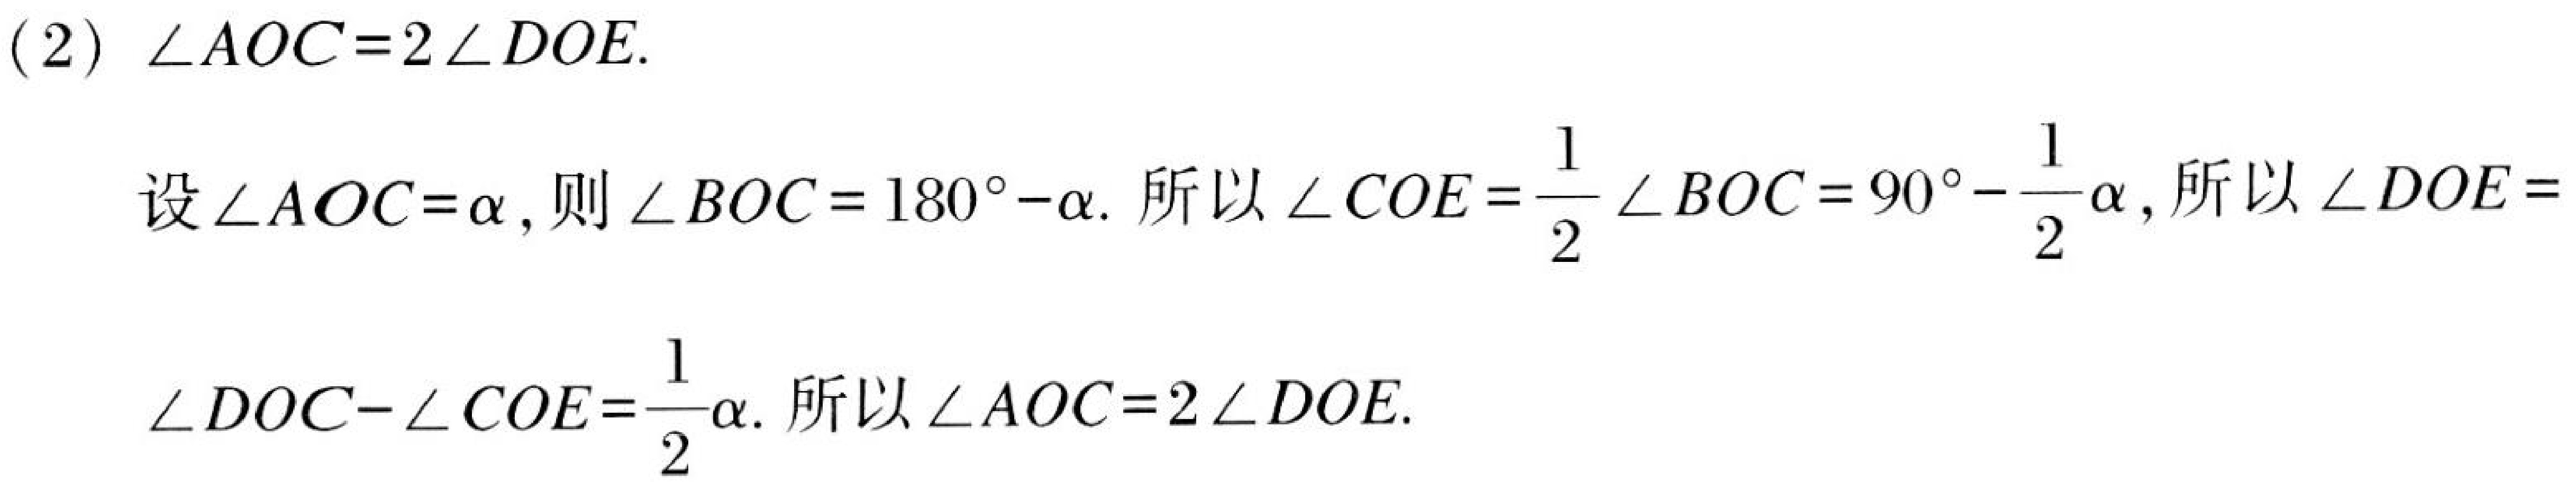
(2) \(\angle AOC = 2\angle DOE\).
设\(\angle AOC=\alpha\), 则\(\angle BOC = 180^{\circ}-\alpha\). 所以\(\angle COE=\frac{1}{2}\angle BOC = 90^{\circ}-\frac{1}{2}\alpha\), 所以\(\angle DOE=\)
\(\angle DOC - \angle COE=\frac{1}{2}\alpha\). 所以\(\angle AOC = 2\angle DOE\).